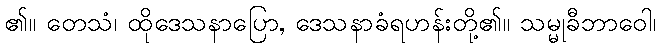
၏။ တေသံ၊ ထိုဒေသနာပြော, ဒေသနာခံရဟန်းတို့၏။ သမ္မုခီဘာဝေါ၊